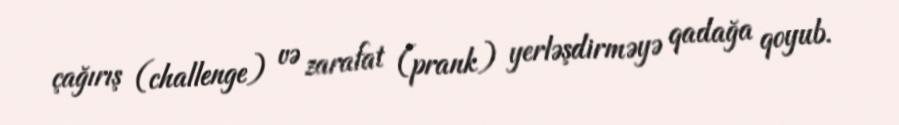
çağırış (challenge) və zarafat (prank) yerləşdirməyə qadağa qoyub.